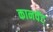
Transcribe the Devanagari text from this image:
कानवेंट